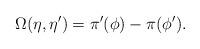
LaTeX: \begin{align*}\Omega(\eta,\eta')=\pi'(\phi)-\pi(\phi').\end{align*}